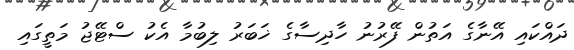
ދައްކައި އޭނާގެ އަތުން ފޭރުނު ހާދިސާގެ ޚަބަރު ލިބުމާ އެކު ސްޓޭޖު މަތީގައި